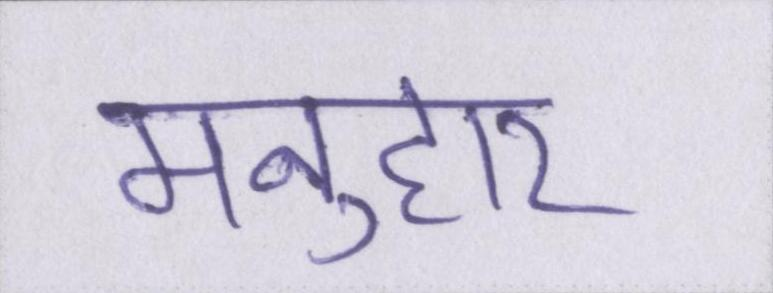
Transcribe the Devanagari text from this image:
मनुहार